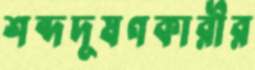
শব্দদূষণকারীর